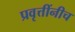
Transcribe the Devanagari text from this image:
प्रवृत्तींनीच